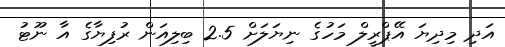
އަދި މިދިޔަ އޭޕްރީލް މަހުގެ ނިޔަލަށް 2.5 ބިލިއަން ރުފިޔާގެ އާ ނޫޓު